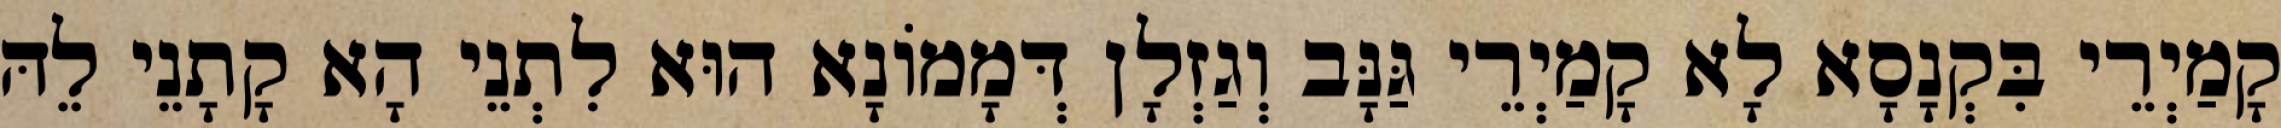
קָמַיְרֵי בִּקְנָסָא לָא קָמַיְרֵי גַּנָּב וְגַזְלָן דְּמָמוֹנָא הוּא לִתְנֵי הָא קָתָנֵי לֵהּ